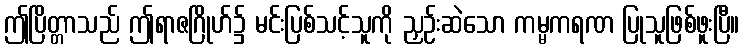
ဤပြိတ္တာသည် ဤရာဇဂြိုဟ်၌ မင်းပြစ်သင့်သူကို ညှဉ်းဆဲသော ကမ္မကရဏ ပြုသူဖြစ်ဖူးပြီ။